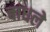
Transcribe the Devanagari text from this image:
बाधले